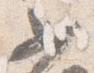
女